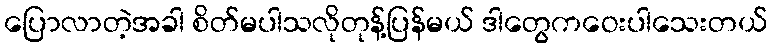
ပြောလာတဲ့အခါ စိတ်မပါသလိုတုန့်ပြန်မယ် ဒါတွေကဝေးပါသေးတယ်